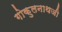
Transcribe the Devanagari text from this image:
गोकुलनाथजी